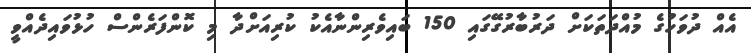
އެއް ދުވަހުގެ މުއްދަތަކަށް ދަރުބާރުގޭގައި 150 ބައިވެރިންނާއެކު ކުރިއަށްދާ މި ކޮންފަރެންސް ހުޅުވައިދެއްވީ